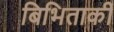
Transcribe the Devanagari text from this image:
बिभिताकी